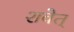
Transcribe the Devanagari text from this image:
शवेत्